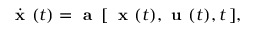
{ \dot { \textbf { x } } } ( t ) = { \textbf { a } } \, [ \, { \textbf { x } } ( t ) , { \textbf { u } } ( t ) , t \, ] ,